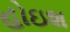
હોઇશ